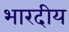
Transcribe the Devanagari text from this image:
भारदीय